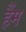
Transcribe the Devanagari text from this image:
हैंम